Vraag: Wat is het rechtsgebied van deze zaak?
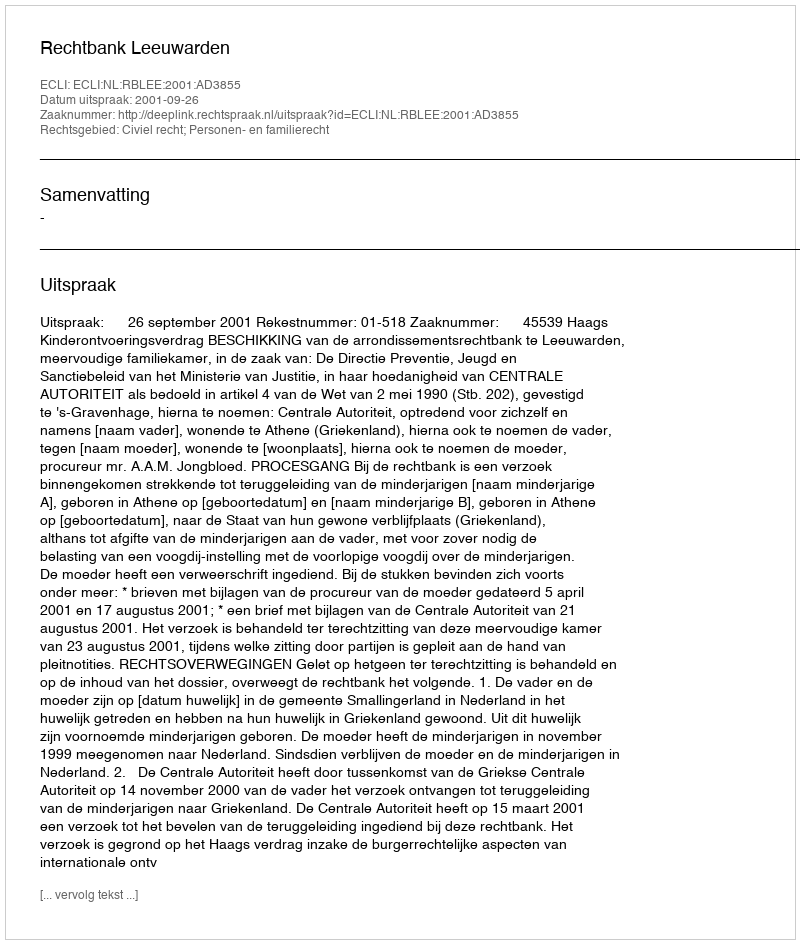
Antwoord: Civiel recht; Personen- en familierecht